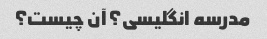
مدرسه انگلیسی؟ آن چیست؟